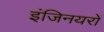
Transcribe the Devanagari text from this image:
इंजिनयरों